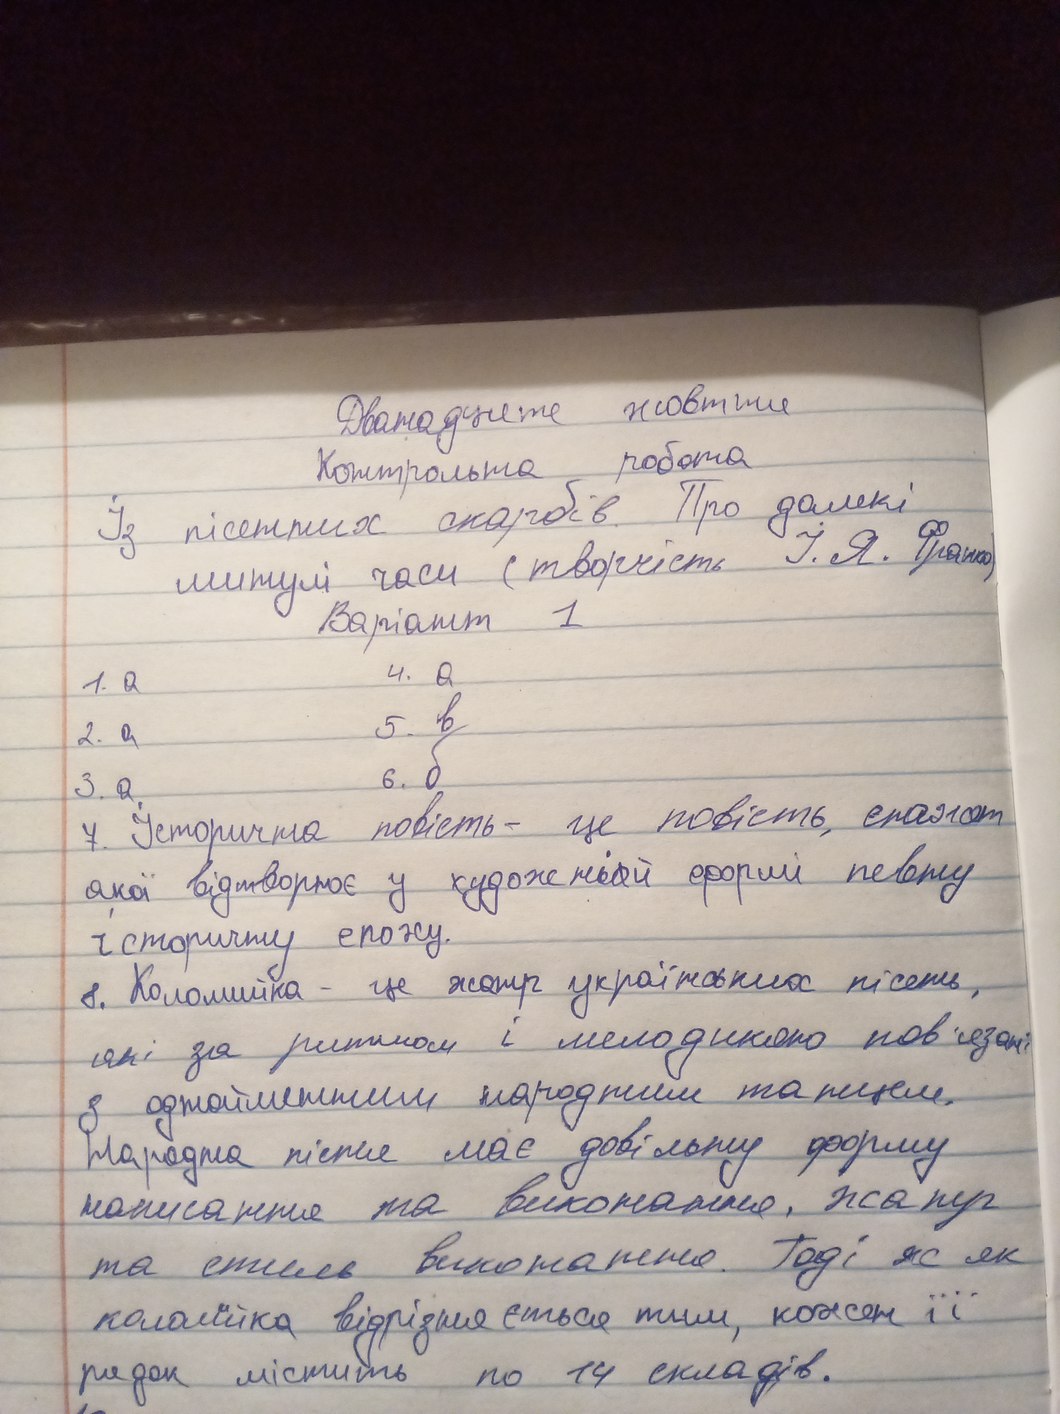
Дванадцяте жовтня
Контрольна робота
Із песенних скарбів. Про далекі
минулі часи (творчість І. Я. Франко)
Варіант 1
4. а
1. а
5. в
2. a
6.б
3. а
7. Історична повість - це повість, сюжет
якої відтворює у художні~~о~~й формі певну
історичну епоху.
8. Коломийка - це жанр українських пісень,
які за ритмом і мелодикою пов'язані
з однойменним народним танцем.
Народна пісня має довільну форму
написання та виконання, жанр
та стиль виконання. Тоді ж як
коломйка відрізняється тим, кожен її
рядок містить по 14 складів.